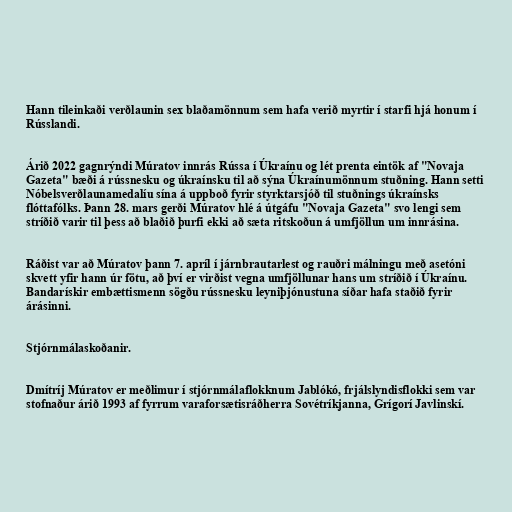
Hann tileinkaði verðlaunin sex blaðamönnum sem hafa verið myrtir í starfi hjá honum í
Rússlandi.

Árið 2022 gagnrýndi Múratov innrás Rússa í Úkraínu og lét prenta eintök af "Novaja
Gazeta" bæði á rússnesku og úkraínsku til að sýna Úkraínumönnum stuðning. Hann setti
Nóbelsverðlaunamedalíu sína á uppboð fyrir styrktarsjóð til stuðnings úkraínsks
flóttafólks. Þann 28. mars gerði Múratov hlé á útgáfu "Novaja Gazeta" svo lengi sem
stríðið varir til þess að blaðið þurfi ekki að sæta ritskoðun á umfjöllun um innrásina.

Ráðist var að Múratov þann 7. apríl í járnbrautarlest og rauðri málningu með asetóni
skvett yfir hann úr fötu, að því er virðist vegna umfjöllunar hans um stríðið í Úkraínu.
Bandarískir embættismenn sögðu rússnesku leyniþjónustuna síðar hafa staðið fyrir
árásinni.

Stjórnmálaskoðanir.

Dmítríj Múratov er meðlimur í stjórnmálaflokknum Jablókó, frjálslyndisflokki sem var
stofnaður árið 1993 af fyrrum varaforsætisráðherra Sovétríkjanna, Grígorí Javlinskí.